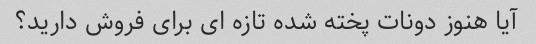
آیا هنوز دونات پخته شده تازه ای برای فروش دارید؟